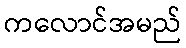
ကလောင်အမည်